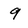
Character: 9